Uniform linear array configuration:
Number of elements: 32
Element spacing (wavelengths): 0.75
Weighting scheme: cosine
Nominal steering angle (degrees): -45
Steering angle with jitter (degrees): -44.565
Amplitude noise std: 0.05
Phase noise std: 0.05

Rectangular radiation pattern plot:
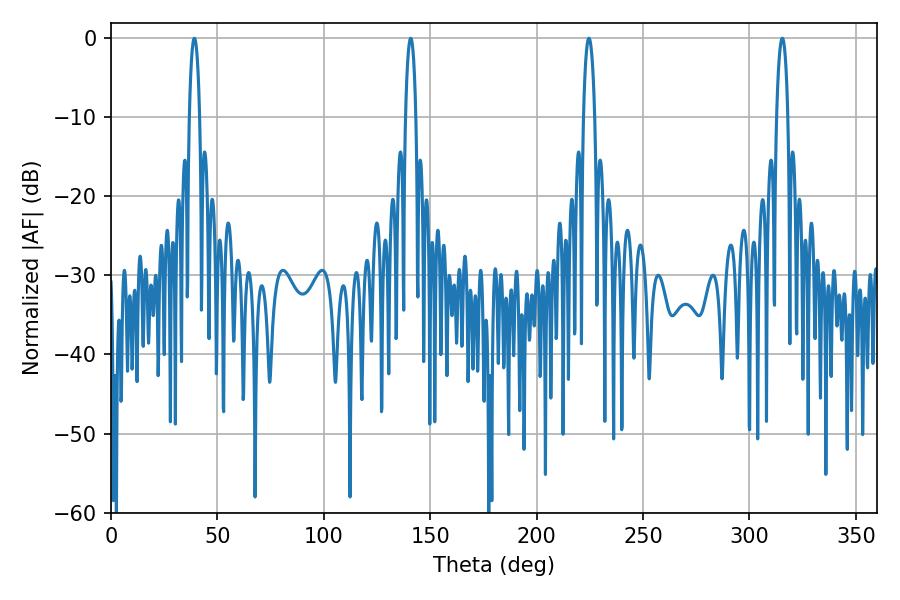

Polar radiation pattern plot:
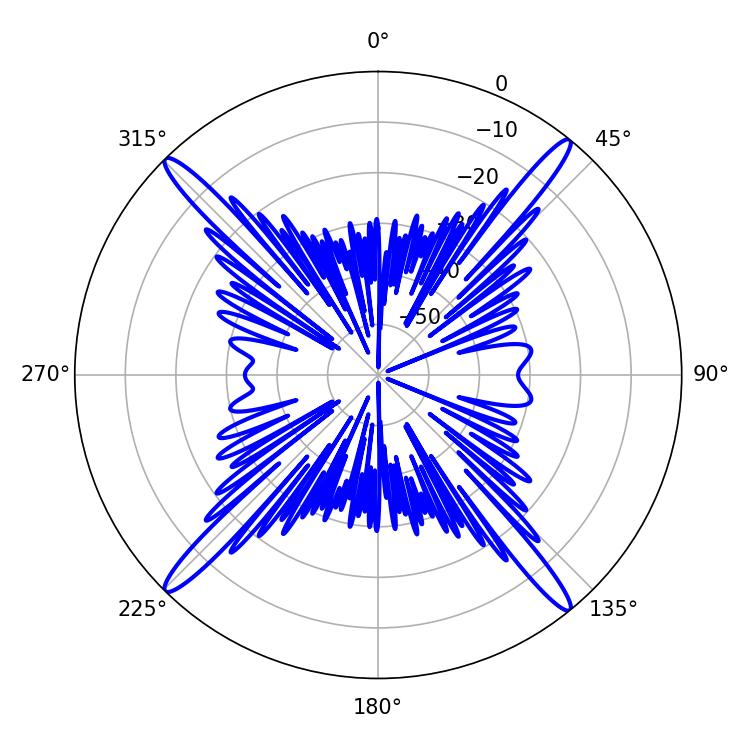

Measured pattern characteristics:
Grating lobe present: TRUE
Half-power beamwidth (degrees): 2.7
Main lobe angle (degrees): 39.24